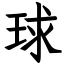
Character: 球